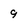
Character: 9